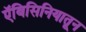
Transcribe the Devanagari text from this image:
ऍबिसिनियातून